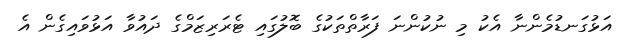
އަޅުގަނޑުމެންނާ އެކު މި ނުކުންނަ ފަރާތްތަކުގެ ބޮލުގައި ޓެރަރިޒަމްގެ ދައުވާ އަޅުވައިގެން އެ